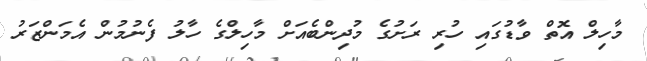
މާހިލް އޮތް ވާޑުގައި ހުރި ރަށުގެ މުދިންބެއަށް މާހިލްގެ ހާލު ފެނުމުން އެމަންޒަރު